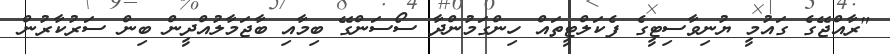
"ރާއްޖޭގެ ގައުމީ ޔުނިވާސިޓީގެ ފެކަލްޓީތައް ހިންގަމުންދާ ސޯސަންގޭ ބިމާއި ބާޖަމާލުއްދީން ބިން ސަރުކާރުން